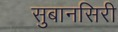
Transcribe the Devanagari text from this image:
सुबानसिरी